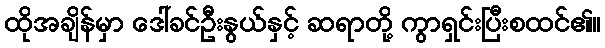
ထိုအချိန်မှာ ဒေါ်ခင်ဦးနွယ်နှင့် ဆရာတို့ ကွာရှင်းပြီးစထင်၏။